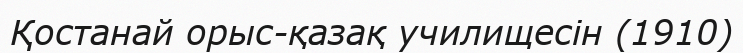
Қостанай орыс-қазақ училищесін (1910)